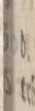
Ångfartyget